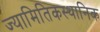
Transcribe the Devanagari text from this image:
ज्यामितिकस्थानिक